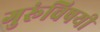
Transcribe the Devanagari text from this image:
गुरूंविषयी